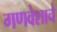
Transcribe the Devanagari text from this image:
गणवेशाचे